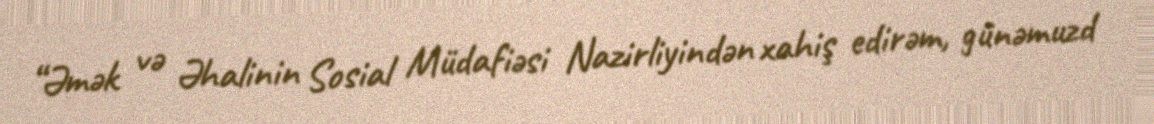
“Əmək və Əhalinin Sosial Müdafiəsi Nazirliyindən xahiş edirəm, günəmuzd